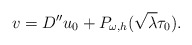
\begin{align*}v=D''u_0+P_{\omega,h}(\sqrt{\lambda}\tau_0).\end{align*}